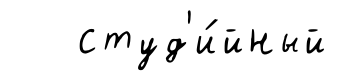
студ'и́йный